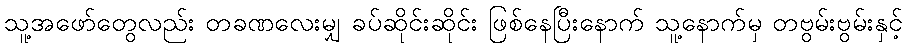
သူ့အဖော်တွေလည်း တခဏလေးမျှ ခပ်ဆိုင်းဆိုင်း ဖြစ်နေပြီးနောက် သူ့နောက်မှ တဗွမ်းဗွမ်းနှင့်